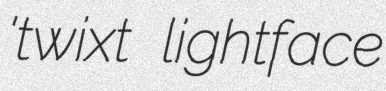
'twixt lightface